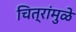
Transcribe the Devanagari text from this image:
चित्रांमुळे